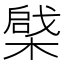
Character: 𣙅